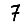
Digit: 7